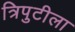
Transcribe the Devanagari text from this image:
त्रिपुटीला